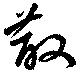
散